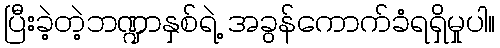
ပြီးခဲ့တဲ့ဘဏ္ဍာနှစ်ရဲ့ အခွန်ကောက်ခံရရှိမှုပါ။